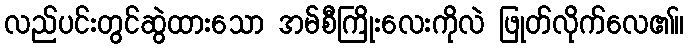
လည်ပင်းတွင်ဆွဲထားသော အမ်စီကြိုးလေးကိုလဲ ဖြုတ်လိုက်လေ၏။